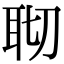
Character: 𦕀